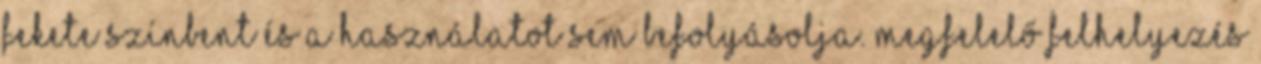
fekete színbent és a használatot sem befolyásolja. Megfelelő felhelyezés